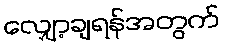
လျှော့ချရန်အတွက်